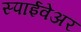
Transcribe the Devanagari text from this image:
स्पाईवेअर